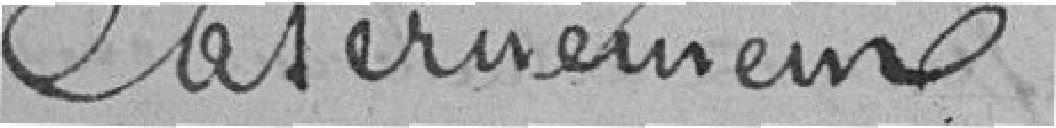
casernements